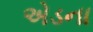
એડના